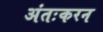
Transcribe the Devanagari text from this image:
अंतःकरन